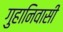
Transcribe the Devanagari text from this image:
गुहानिवासी